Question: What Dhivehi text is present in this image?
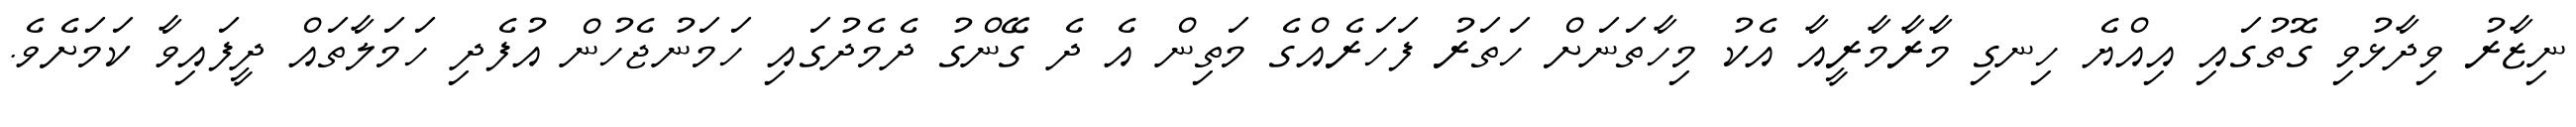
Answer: ނިޒާރު ވިދާޅުވި ގޮތުގައި އިއްޔެ ހިނގި މާރާމާރީއާ އެކު މިހާތަނަށް ހަތަރު ފަހަރެއްގެ މަތިން އެ ދެ ގޭންގު ދެމެދުގައި ހަމަނުޖެހުން އުފެދި ހަމަލާތައް ދީފައިވާ ކަމަށެވެ.